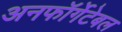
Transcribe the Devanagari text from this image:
अनफॉर्गेटेबल